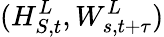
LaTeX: (H_{S,t}^{L},W_{s,t+\tau}^{L})